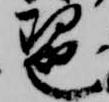
琶